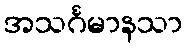
အသင်္ဂမာနသာ